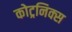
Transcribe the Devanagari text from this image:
कोट्रनिक्स